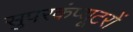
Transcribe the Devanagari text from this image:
सुपरकंप्यूटरों